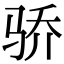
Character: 骄